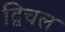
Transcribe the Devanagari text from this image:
द्विचल